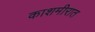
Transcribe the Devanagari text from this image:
काशमीरात